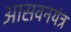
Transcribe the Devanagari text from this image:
आसवनयंत्र